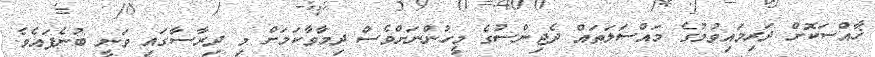
ޚާއްސަކޮށް ދަރިމައިވުމުގެ މައްސަލަތައް ދެޖިންސުގެ މީހުންނަށްވެސް ދިމާވާކަމަށް މި ދިރާސާގައި ވަނީ ބުނެފައެވެ.